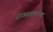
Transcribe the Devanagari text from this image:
राज्‍यस्‍थापनेच्या